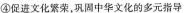
④促进文化繁荣，巩固中华文化的多元指导